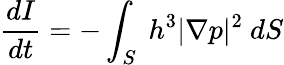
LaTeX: \frac{dI}{dt}=-\int_{S}\ h^{3}|\nabla p|^{2}\ dS